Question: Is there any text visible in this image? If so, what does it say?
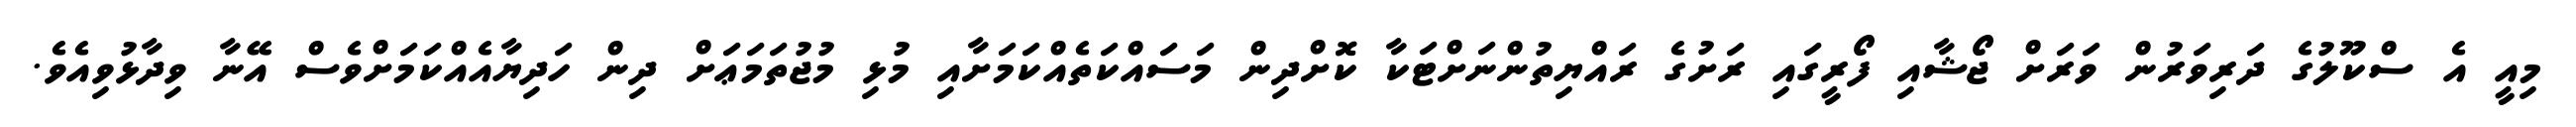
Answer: މިއީ އެ ސްކޫލުގެ ދަރިވަރުން ވަރަށް ޖޯޝާއި ފޯރީގައި ރަށުގެ ރައްޔިތުންނަށްޓަކާ ކޮށްދިން މަސައްކަތެއްކަމަށާއި މުޅި މުޖުތަމަޢަށް ދިން ހަދިޔާއެއްކަމަށްވެސް އޭނާ ވިދާޅުވިއެވެ.